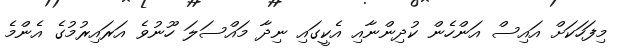
މިފަހަކަށް އައިސް އަންހެން ކުދިންނާއި އެކީގައި ނިދާ މައްސަލަ ހޫނުވެ އަރައިރުމުގެ އެންމެ